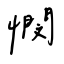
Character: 憫